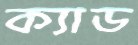
ক্যাড